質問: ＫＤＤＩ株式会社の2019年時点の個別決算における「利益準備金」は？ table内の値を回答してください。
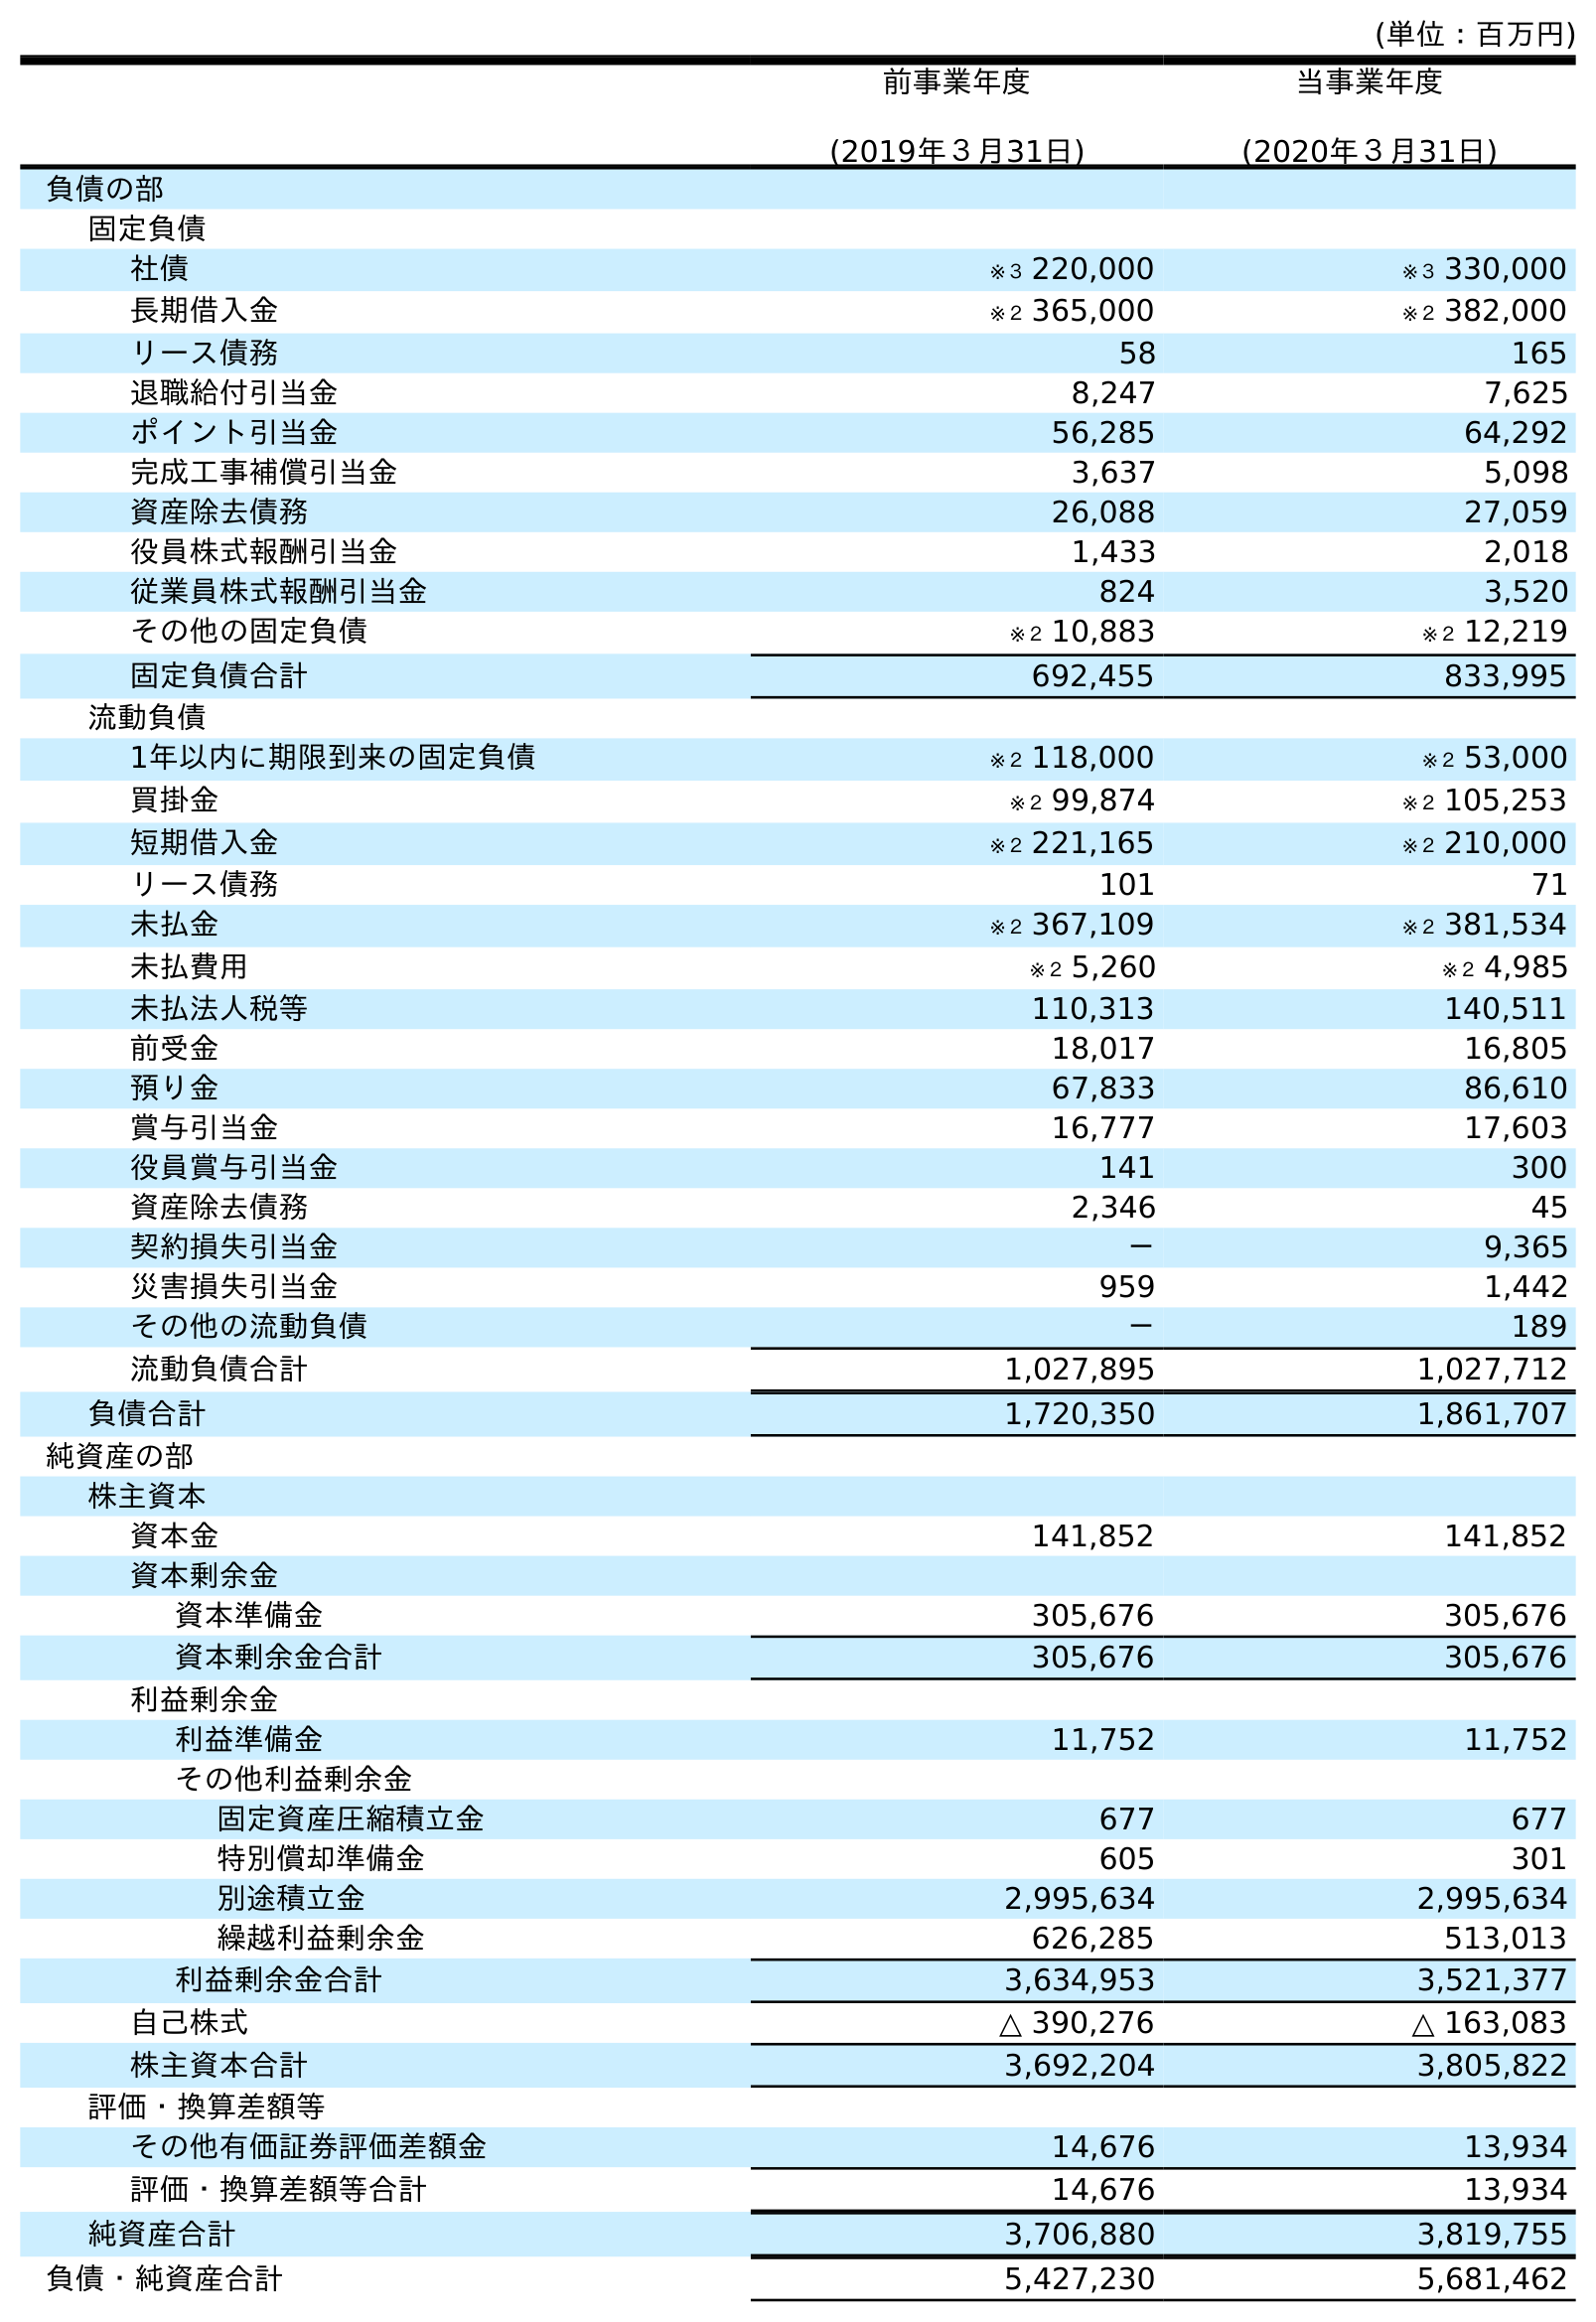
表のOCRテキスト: (単位：百万円) 前事業年度 (2019年３月31日) 当事業年度 (2020年３月31日) 負債の部 固定負債 社債 ※３ 220,000 ※３ 330,000 長期借入金 ※２ 365,000 ※２ 382,000 リース債務 58 165 退職給付引当金 8,247 7,625 ポイント引当金 56,285 64,292 完成工事補償引当金 3,637 5,098 資産除去債務 26,088 27,059 役員株式報酬引当金 1,433 2,018 従業員株式報酬引当金 824 3,520 その他の固定負債 ※２ 10,883 ※２ 12,219 固定負債合計 692,455 833,995 流動負債 1年以内に期限到来の固定負債 ※２ 118,000 ※２ 53,000 買掛金 ※２ 99,874 ※２ 105,253 短期借入金 ※２ 221,165 ※２ 210,000 リース債務 101 71 未払金 ※２ 367,109 ※２ 381,534 未払費用 ※２ 5,260 ※２ 4,985 未払法人税等 110,313 140,511 前受金 18,017 16,805 預り金 67,833 86,610 賞与引当金 16,777 17,603 役員賞与引当金 141 300 資産除去債務 2,346 45 契約損失引当金 － 9,365 災害損失引当金 959 1,442 その他の流動負債 － 189 流動負債合計 1,027,895 1,027,712 負債合計 1,720,350 1,861,707 純資産の部 株主資本 資本金 141,852 141,852 資本剰余金 資本準備金 305,676 305,676 資本剰余金合計 305,676 305,676 利益剰余金 利益準備金 11,752 11,752 その他利益剰余金 固定資産圧縮積立金 677 677 特別償却準備金 605 301 別途積立金 2,995,634 2,995,634 繰越利益剰余金 626,285 513,013 利益剰余金合計 3,634,953 3,521,377 自己株式 △ 390,276 △ 163,083 株主資本合計 3,692,204 3,805,822 評価・換算差額等 その他有価証券評価差額金 14,676 13,934 評価・換算差額等合計 14,676 13,934 純資産合計 3,706,880 3,819,755 負債・純資産合計 5,427,230 5,681,462
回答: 11,752